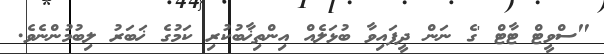
"ސްވީޓް ޓާޓް 'ގެ ނަން ދީފައިވާ ބުޅަލެއް އިންތިޚާބުކުރި ކަމުގެ ޚަބަރު ލިބުމުންނެވެ.